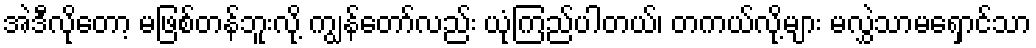
အဲဒီလိုတော့ မဖြစ်တန်ဘူးလို့ ကျွန်တော်လည်း ယုံကြည်ပါတယ်၊ တကယ်လို့များ မလွှဲသာမရှောင်သာ